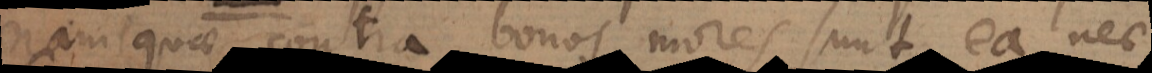
nam quae contra bonos mores sunt ea nec